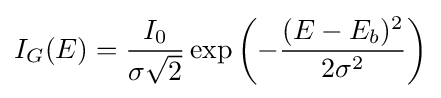
I_{G}(E)={\frac {I_{0}}{\sigma {\sqrt {2}}}}\exp {\left(-{\frac {(E-E_{b})^{2}}{2\sigma ^{2}}}\right)}